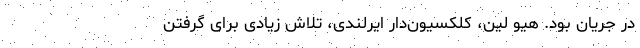
در جریان بود. هیو لین، کلکسیون‌دار ایرلندی، تلاش زیادی برای گرفتن